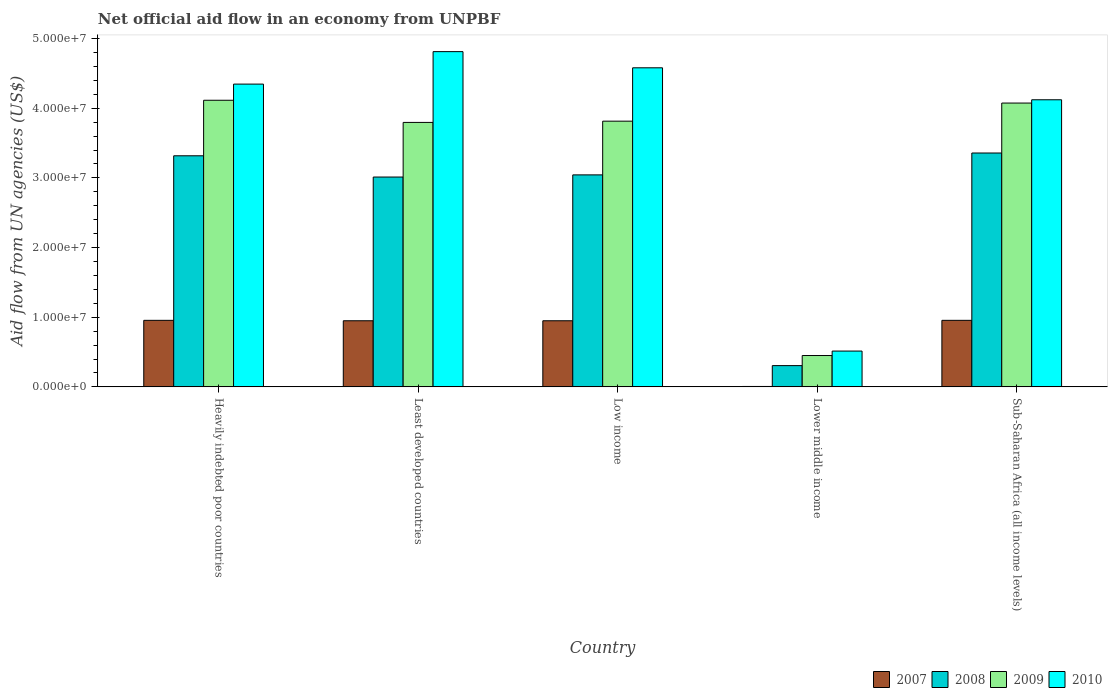
| Country | 2007 | 2008 | 2009 | 2010 |
 | --- | --- | --- | --- | --- |
 | Heavily indebted poor countries | 9.55e+06 | 3.32e+07 | 4.11e+07 | 4.35e+07 |
 | Least developed countries | 9.49e+06 | 3.01e+07 | 3.8e+07 | 4.81e+07 |
 | Low income | 9.49e+06 | 3.04e+07 | 3.81e+07 | 4.58e+07 |
 | Lower middle income | 6e+04 | 3.05e+06 | 4.5e+06 | 5.14e+06 |
 | Sub-Saharan Africa (all income levels) | 9.55e+06 | 3.36e+07 | 4.07e+07 | 4.12e+07 |